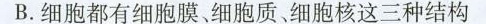
B.细胞都有细胞膜、细胞质、细胞核这三种结构